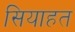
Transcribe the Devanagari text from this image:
सियाहत